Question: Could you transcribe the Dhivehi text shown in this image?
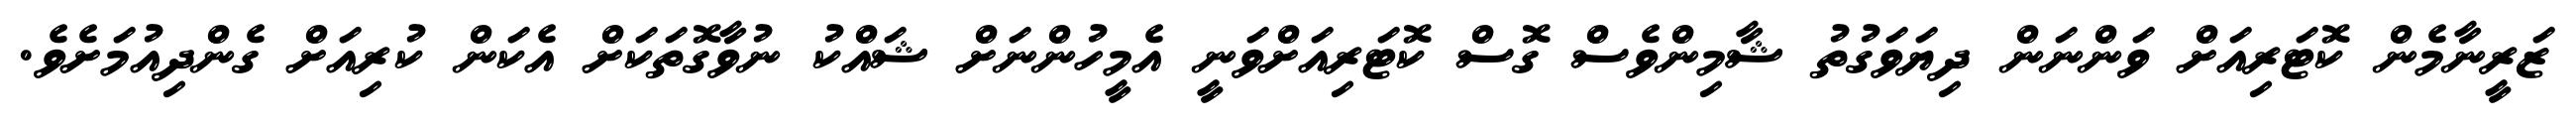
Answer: ޒަރީނާމެން ކޮޓަރިއަށް ވަންނަން ދިޔަވަގުތު ޝާމިންވެސް ގޮސް ކޮޓަރިއަށްވަނީ އެމީހުންނަށް ޝައްކު ނުވާގޮތަކަށް އެކަން ކުރިއަށް ގެންދިއުމަށެވެ.